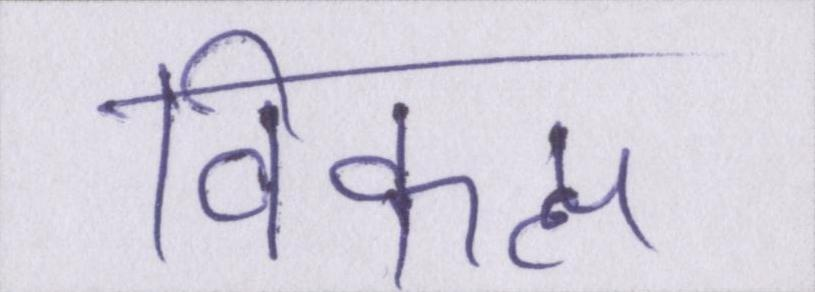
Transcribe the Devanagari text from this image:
विकल्प